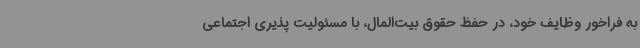
به فراخور وظایف خود، در حفظ حقوق بیت‌المال، با مسئولیت پذیری اجتماعی